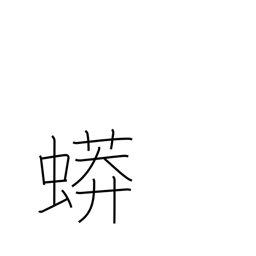
Meaning: python